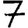
Digit: 7